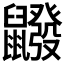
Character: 𪖆